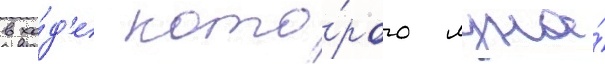
в хо́д'е кото́рого луна́